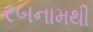
રબનામથી